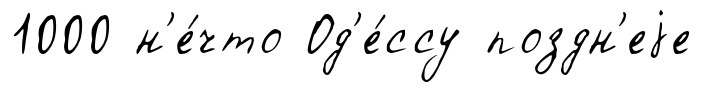
1000 н'е́что Од'е́ссу поздн'еjе